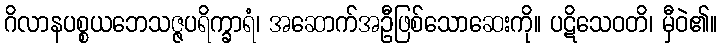
ဂိလာနပစ္စယဘေသဇ္ဇပရိက္ခာရံ၊ အဆောက်အဦဖြစ်သောဆေးကို။ ပဋိသေဝတိ၊ မှီဝဲ၏။